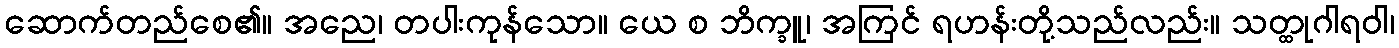
ဆောက်တည်စေ၏။ အညေ၊ တပါးကုန်သော။ ယေ စ ဘိက္ခူ၊ အကြင် ရဟန်းတို့သည်လည်း။ သတ္ထုဂါရဝါ၊